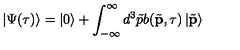
\left| \Psi ( \tau ) \right\rangle = \left| 0 \right\rangle + \int _ { - \infty } ^ { \infty } d ^ { 3 } \tilde { p } b ( \tilde { \mathbf { p } } , \tau ) \left| \tilde { \mathbf { p } } \right\rangle